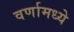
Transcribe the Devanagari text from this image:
वर्णामध्ये